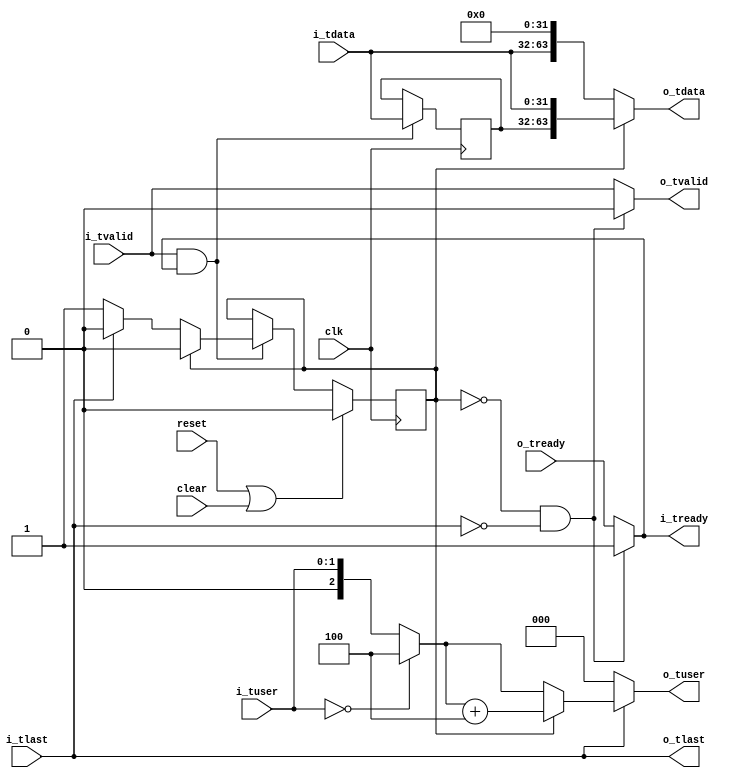
//
// Copyright 2014 Ettus Research LLC
// Copyright 2018 Ettus Research, a National Instruments Company
//
// SPDX-License-Identifier: LGPL-3.0-or-later
//

module axi_fifo32_to_fifo64
  (input clk, input reset, input clear,
   input [31:0] i_tdata, input [1:0] i_tuser, input i_tlast, input i_tvalid, output i_tready,
   output [63:0] o_tdata, output [2:0] o_tuser, output o_tlast, output o_tvalid, input o_tready
   );

   reg [31:0] 	 holding;

   reg 		 state;

   always @(posedge clk)
     if(reset | clear)
       state <= 0;
     else
       if(i_tvalid & i_tready)
       case(state)
	 0 : if(~i_tlast) state <= 1'b1;
    	 1 : state <= 1'b0;
	 default : state <= 1'b0;
       endcase // case (state)

   always @(posedge clk)
     if(i_tvalid & i_tready)
       holding <= i_tdata;
   
   assign i_tready = (state == 0 && !i_tlast)? 1'b1 : o_tready;
   assign o_tvalid = (state == 0 && !i_tlast)? 1'b0 : i_tvalid;
   
   assign o_tdata = (state == 0) ? {i_tdata, 32'h0} : { holding, i_tdata };
   assign o_tlast = i_tlast;

   wire [2:0] 	 occ_in = (i_tuser == 0) ? 3'd4 : {1'b0, i_tuser};
   wire [2:0] 	 occ_out = (state == 0) ? occ_in : (occ_in + 3'd4);
   
   assign o_tuser = ~o_tlast ? 3'd0 : occ_out;
   	 
endmodule // axi_fifo32_to_fifo64